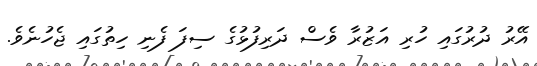
އޭރު ދުރުގައި ހުރި އަޒުރާ ވެސް ދަރިފުޅުގެ ސިފަ ފެނި ހިތުގައި ޖެހުނެވެ.